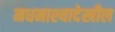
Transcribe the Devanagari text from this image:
मधमाश्यादेखील